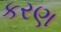
કરણ